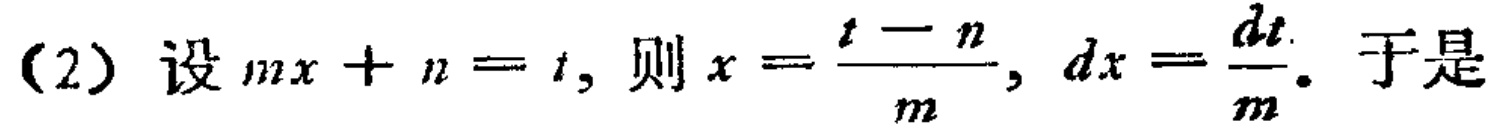
(2) 设 \(mx + n = t\)，则 \(x = \frac{t - n}{m}\)，\(dx = \frac{dt}{m}\). 于是